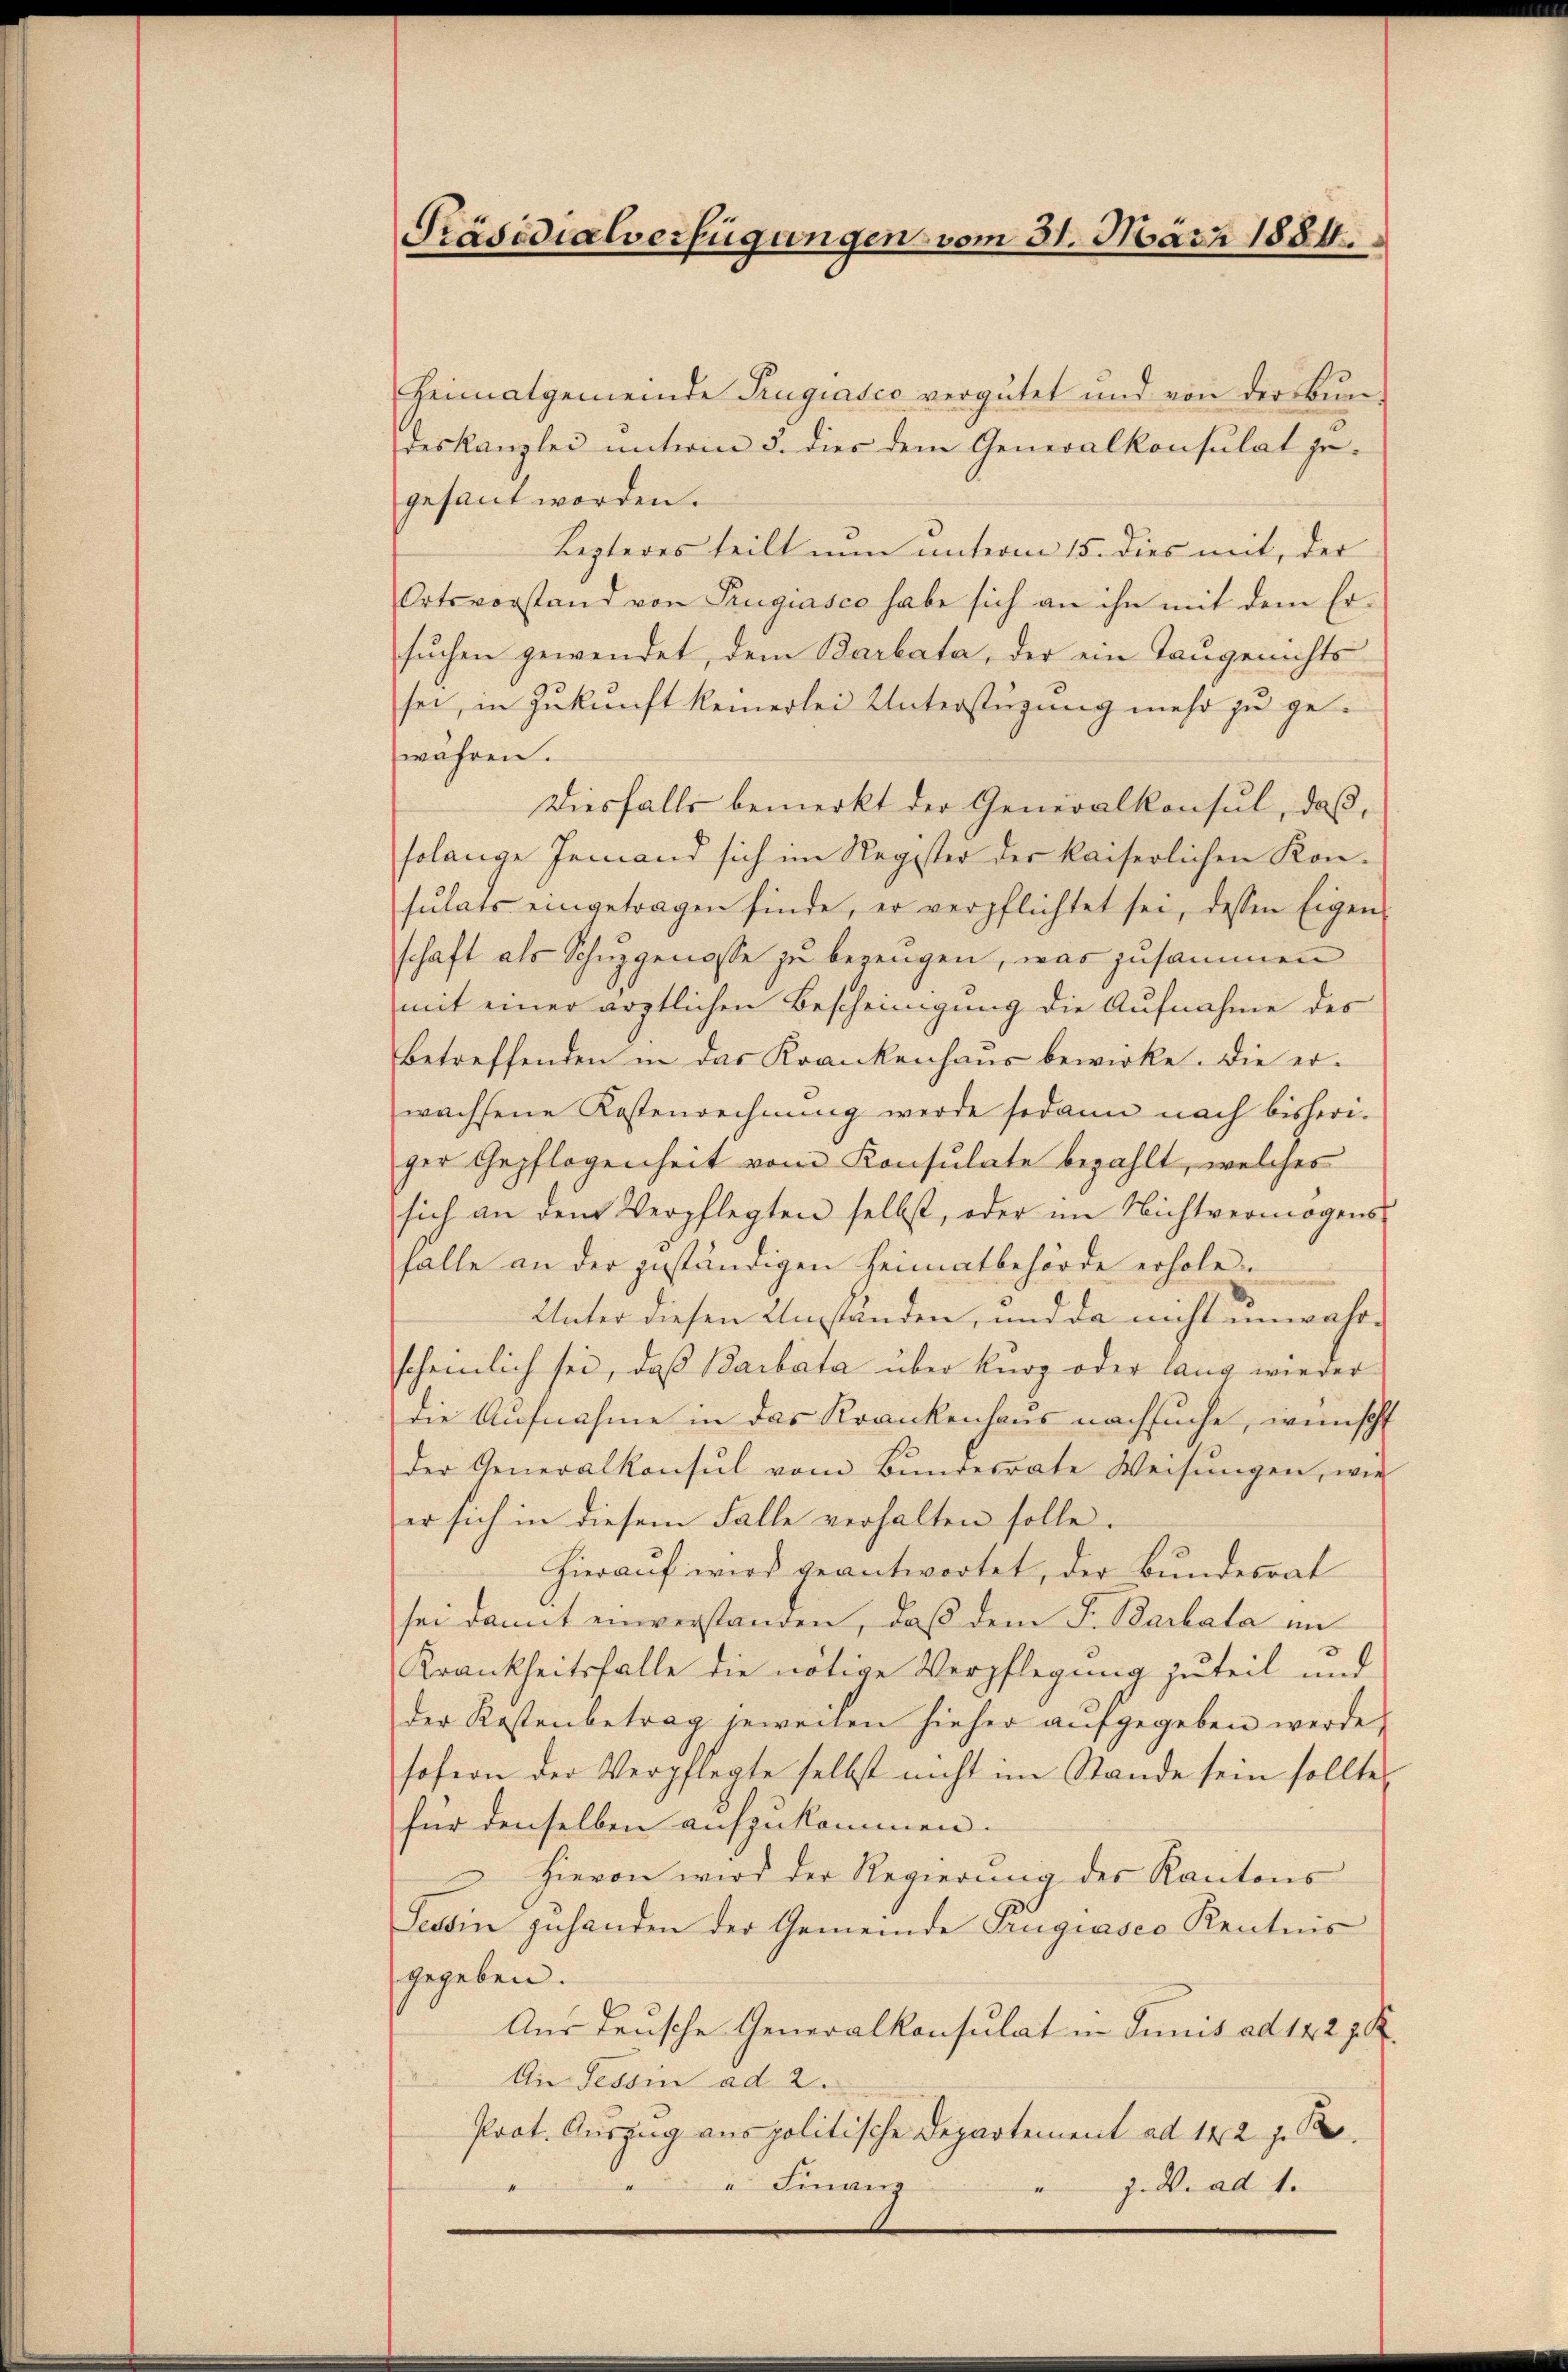
Präsidialverfügungen vom 31. März 1884.

Heimatgemeinde Trugiasco vergütet und von der Bun
deskanzlei unterm 3. dies dem Generalkonsulat je-
gesant worden.
Lezteres teilt nun unterm 15. dies mit, der
Ortsvorstand von Rugiasco habe sich an ihn mit dem Ersuchen gewendet, dem Barbata, der ein Taugenichts
sei, in Zukunft keinerlei Unterstüzung mehr zu gewahren.
Diesfalls bemerkt der Generalkonsul, daß,
solange Jemand sich im Register der kaiserlichen Kon-
sulats eingetragen finde, er verpflichtet sei, dessen Eigen-
schaft als Schuzgenosse zu bezeugen, was zusammen
mit einer ärztlichen Bescheinigung die Aufnahme des
Betreffenden in das Krankenhaŭs bewirke. Die er-
wachsene Kostenrechnŭng werde sodann nach bisheri-
ger Gepflogenheit vom Konsulate bezahlt, welches
sich an dem Verpflegten selbst, oder im Nichtvermögens-
falle an der geständigen Heimatbehörde erhole.
Unter diesen Umstanden, und da nicht unwahrscheinlich sei, daß Barbata über kurz oder lang wieder
die Aufnahme in das Krankenhaus nachsuche, wünscht
der Generalkonsul vom Bunderrate Weisŭngen, wie
er sich in diesem Falle verhalten solle.
hierauf wird geantwortet, der Bundesrat
sei damit einverstanden, daß dem Fr. Barbata in
Krankheitsfalle die nötige Verpflegung zuteil und
der Kostenbetrag jeweiten hieher aŭfgegeben werde,
sofern der Verpflegte selbst nicht im Stande sein sollte,
für denselben aufzukommen.
Hievon wird der Regierŭng des Kantons
Tessin zuhanden der Gemeinde Prugiasco Kentnis
gegeben.
Aus deusche Generalkonsulat in Junis ad 122 z. B.
An Tessin ad 2.
Prot. Auszug aus politische Departement ad 142 z. B.
 Finanz
.
J. V. ad 1.